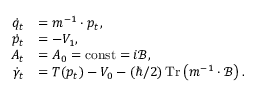
\begin{array} { r l } { \dot { q } _ { t } } & { = m ^ { - 1 } \cdot p _ { t } , } \\ { \dot { p } _ { t } } & { = - V _ { 1 } , } \\ { A _ { t } } & { = A _ { 0 } = \operatorname { c o n s t } = i \mathcal { B } , } \\ { \dot { \gamma } _ { t } } & { = T ( p _ { t } ) - V _ { 0 } - ( \hbar / 2 ) \operatorname * { T r } \left( m ^ { - 1 } \cdot \mathcal { B } \right) . } \end{array}